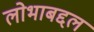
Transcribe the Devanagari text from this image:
लोभाबद्दल